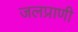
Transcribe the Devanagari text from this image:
जलप्राणी